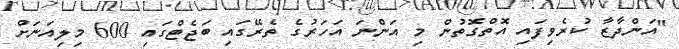
"އަންދާޒާ ކުރެވިފައި އޮތްގޮތުން މި އަންނަ އަހަރުގެ ތެރޭގައި ބަޖެޓްގައި 600 މިލިއަނަށް